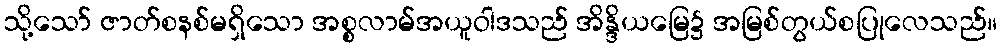
သို့သော် ဇာတ်စနစ်မရှိသော အစ္စလာမ်အယူဝါဒသည် အိန္ဒိယမြေ၌ အမြစ်တွယ်စပြုလေသည်။